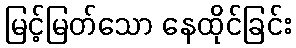
မြင့်မြတ်သော နေထိုင်ခြင်း